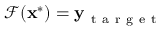
\mathcal { F } ( \mathbf { x } ^ { * } ) = \mathbf { y } _ { \mathrm { ~ t ~ a ~ r ~ g ~ e ~ t ~ } }